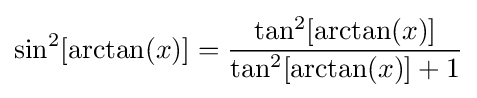
\sin ^{2}[\arctan(x)]={\frac {\tan ^{2}[\arctan(x)]}{\tan ^{2}[\arctan(x)]+1}}